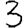
Digit: 3